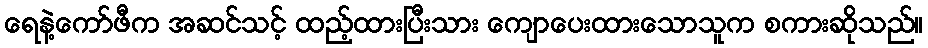
ရေနဲ့ကော်ဖီက အဆင်သင့် ထည့်ထားပြီးသား ကျောပေးထားသောသူက စကားဆိုသည်။